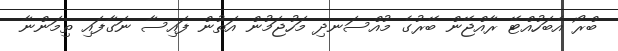
ބްރޯ އެބަހުއްޓޭ ރާއްޖޭން ބޭރުގެ މުއްސަނދި މަހުޖަމުން އަތުން ފައިސާ ނަގާފައި ތިމަންނާ